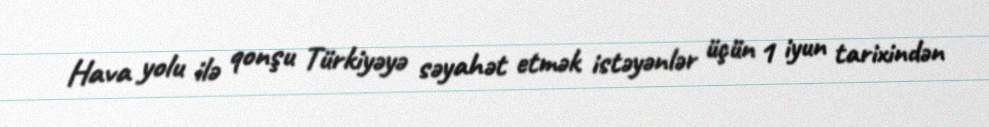
Hava yolu ilə qonşu Türkiyəyə səyahət etmək istəyənlər üçün 1 iyun tarixindən